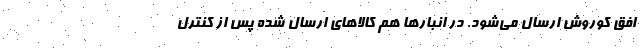
افق کوروش ارسال می‌شود. در انبارها هم کالاهای ارسال شده پس از کنترل